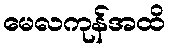
မေလကုန်အထိ